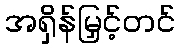
အရှိန်မြှင့်တင်